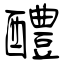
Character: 醴